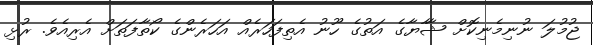
ޖުމުލަ ނުނިމެނިކޮށް ޝާާޔާގެ އަތުގެ ހޫނު އެތިފަހަރެއް އަހަރެންގެ ކޯތާފަތަށް އެރިއެވެ. ރުޅި